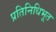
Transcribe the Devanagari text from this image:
प्रतिनिधिभूत